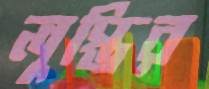
লুপ্তির